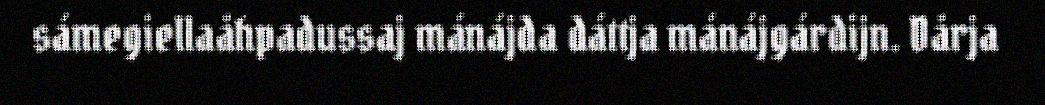
sámegiellaåhpadussaj mánájda dáttja mánájgárdijn. Dårja